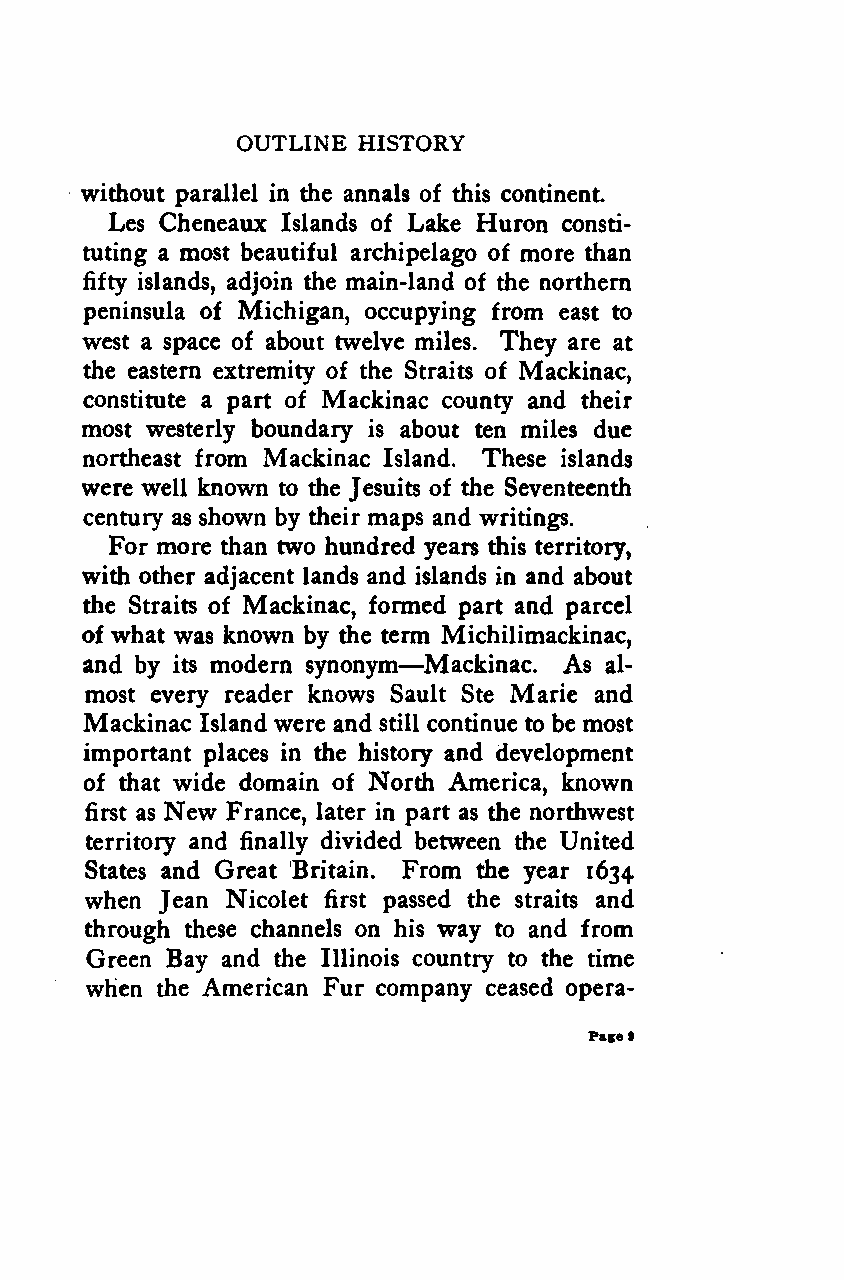
OUTLINE HISTORY
 without parallel in the annals of this continent.
 Les Cheneaux Islands of Lake Huron consti-
 tuting a most beautiful archipelago of more than
 fifty islands, adjoin the main-land of the northern
 peninsula of Michigan, occupying from east to
 west a space of about twelve miles. They are at
 the eastern extremity of the Straits of Mackinac,
 constitute a part of Mackinac county and their
 most westerly boundary is about ten miles due
 northeast from Mackinac Island. These islands
 were well known to the Jesuits of the Seventeenth
 century as shown by their maps and writings.
 For more than two hundred years this territory,
 with other adjacent lands and islands in and about
 the Straits of Mackinac, formed part and parcel
 of what was known by the term Michilimackinac,
 —
 and by its modern synonym Mackinac. As al-
 most every reader knows Sault Ste Marie and
 Mackinac Island were and still continue to be most
 important places in the history and development
 of that wide domain of North America, known
 New
 first as France, later in part as the northwest
 territory and finally divided between the United
 States and Great Britain. From the year 1634
 when Jean Nicolet first passed the straits and
 through these channels on his way to and from
 Green Bay and the Illinois country to the time
 when the American Fur company ceased opera-
 Page9
 Google
 Digitizedby